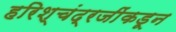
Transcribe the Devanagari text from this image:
हरिश्चंद्रजींकडून